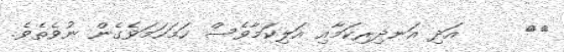
٢٠     އަދި އަނދިރިކަމާއި އަލިކަމާވެސް ހަމަހަމަވެގެން ނުވެތެވެ.